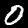
Digit: 0